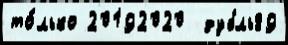
то́лько 20192020  дубль89